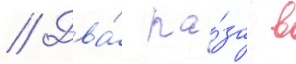
// Два́ ра́за в